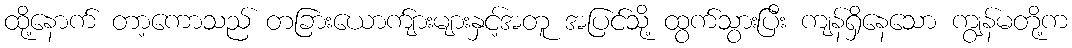
ထို့နောက် တာ့ကောသည် တခြားယောက်ျားများနှင့်အတူ အပြင်သို့ ထွက်သွားပြီး ကျန်ရှိနေသော ကျွန်မတို့က